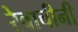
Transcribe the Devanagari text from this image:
रेवाचीनी